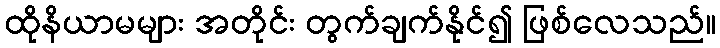
ထိုနိယာမများ အတိုင်း တွက်ချက်နိုင်၍ ဖြစ်လေသည်။